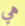
هي